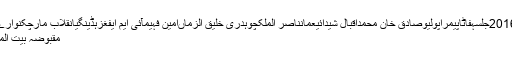
ہاکیسید مصطفی کمالیوئیفا یورو 2016جلسہفاٹاپیمراپولیوصادق خان محمداقبال شیدائیعمانناصر الملکچوہدری خلیق الزماںامین فہیمآئی ایم ایفغزہڈینگیانقلاب مارچکنوارےاسٹاک ایکسچینجخواجہ سعد رفیق
مقبوضہ بیت المقدس (اُردو پوائنٹ اخبارتازہ ترین۔